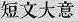
短文大意